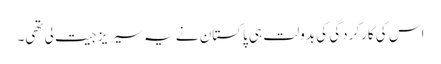
اس کی کارکردگی کی بدولت ہی پاکستان نے یہ سیریز جیت لی تھی۔